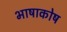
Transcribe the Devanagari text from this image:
भाषाकोष